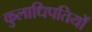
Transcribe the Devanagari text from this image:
कुलाधिपतियों